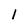
Character: l